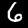
Digit: 6